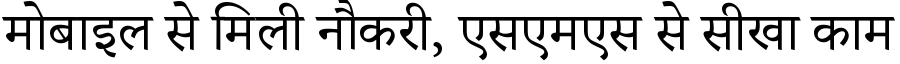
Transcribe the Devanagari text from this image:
मोबाइल से मिली नौकरी, एसएमएस से सीखा काम